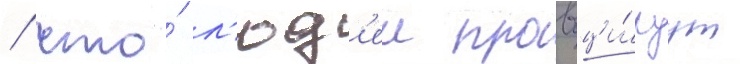
/ что́ л'юд'еи провоци́руут